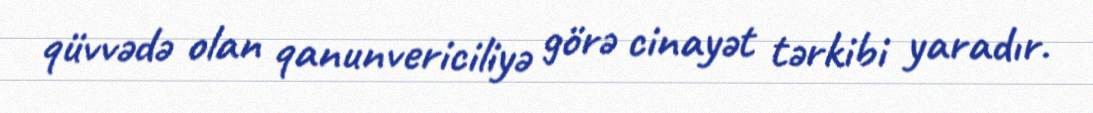
qüvvədə olan qanunvericiliyə görə cinayət tərkibi yaradır.